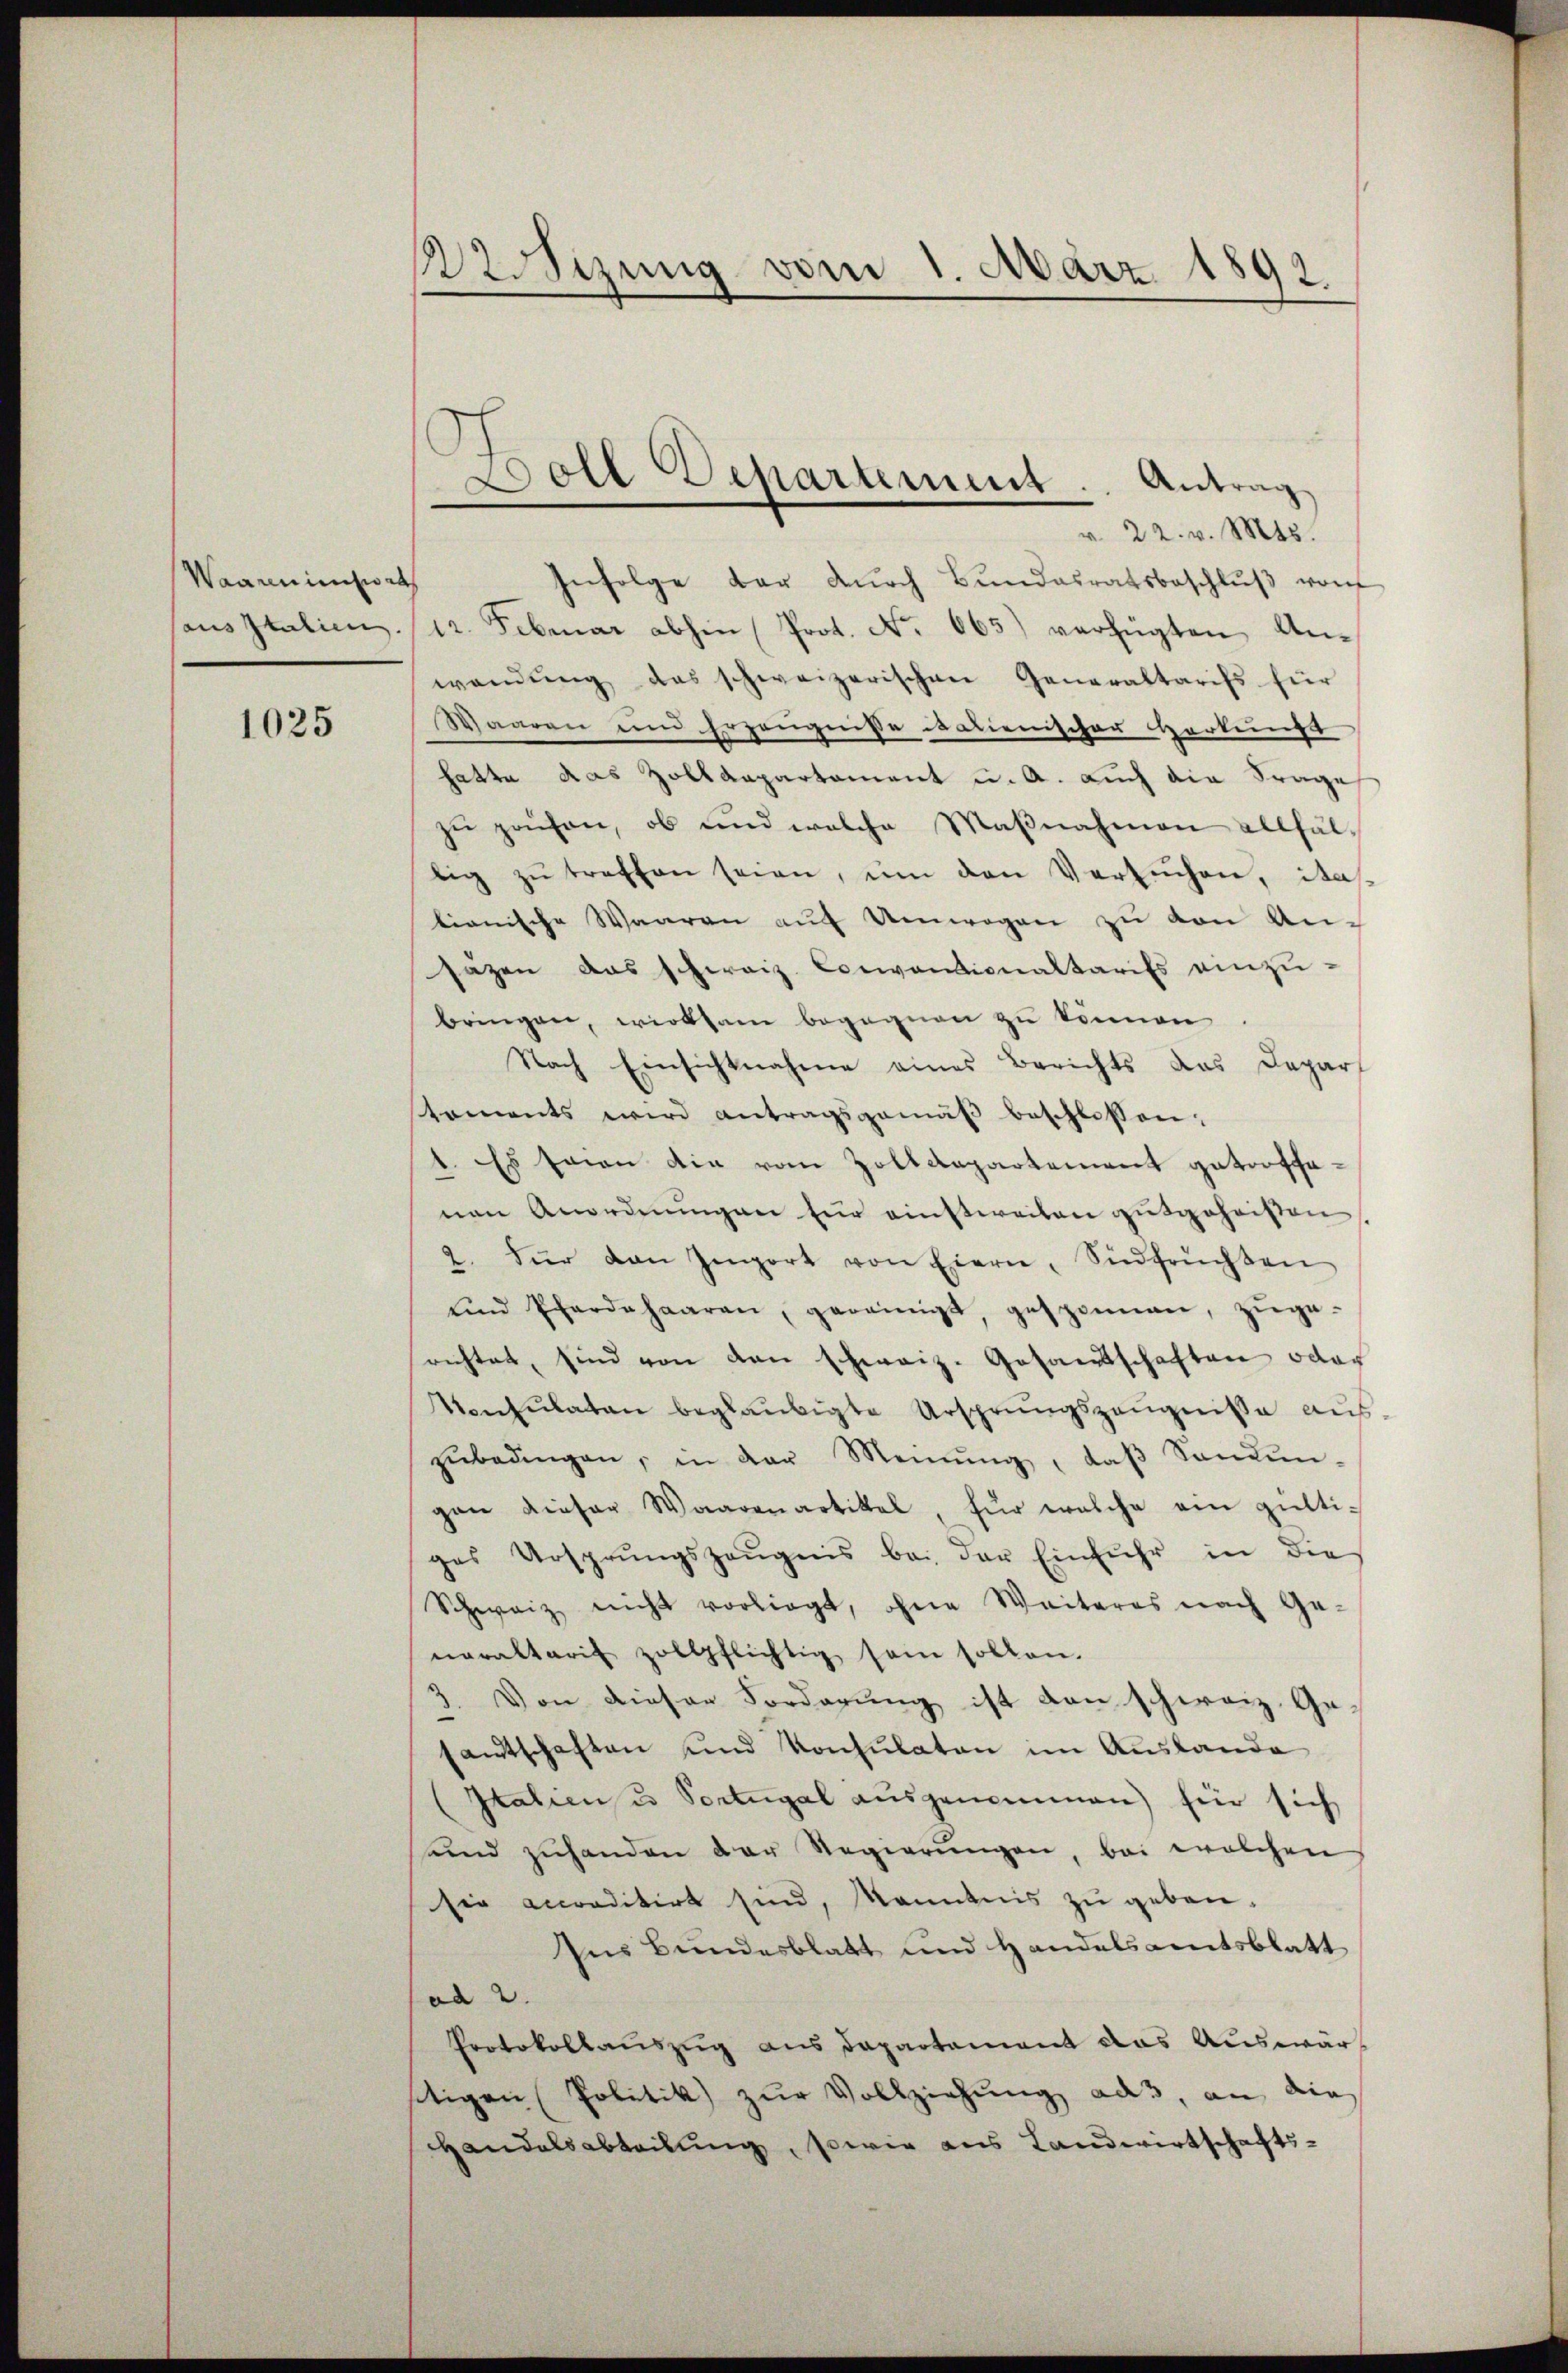
Waarenintwort
aus Italien.

1025

Wsizung vom 1. März 1892

Doll Departement. Antrag
v. 22. v. Mts.

Infolge der dŭrch Bŭndesratsbeschlŭβ von
12. Februar abhin Prot. No. 665) verfügten Anwendŭng das schweizerischen Generaltarifs für
Waaren und Erzeugnisse alienischer Herkungs
hatte das Zolldepartament u. A. auch die Frage
zŭ pachen, ob und welche Maβnahmen allfällig zŭ treffen seien, ŭm den Versuchen, ita
tionische Waaren aŭf Umwegen zŭ von An-
sazen aus schweiz. Conventionaltarifs einzubringen, wirksam begegnen zu können
Nach Einsichtnahme eines Berichts das Depar
toments wird antragsgemäβ beschlossen:
1. Es seien die vom Zolldepartement getroffenen Anordnŭngen für einstweilen gutgeheißen,
2. Für dan Import von Eierne, Südfrüchten
ŭnd Phardahaaren, gereinigt, gesponnen, zŭge-
richtet, sind von den schweiz. Gesandtschaften oder
Konsulaten beglaubigte Ursprungszeugnisse auszŭbedingen, in der Meinŭng, daβ Sonden-
gan dieser Waarenartikel für welche ein gültiges Ursprungszeŭgnis bei der Einfuhr in dies
Schweiz nicht vorliegt, ohne Weiteres nach Ge-
naraltarif zollpflichtig sein sollen.
. Von dieser Forderung ist den schweiz. Gesamtschaften und Konsulaten im Auslande
(Italien u. Portugal aŭsgenommen) für sich
und zŭhanden der Regierŭngen, bei welchen
sie accorditirt sind, kanntnis zu geben.
Ins Bundesblatt und Handelsamtsblatt
ad 2.
Protokollauszug aus Departement das Auswärtigen Politik zur Vollziehung ad 3, an die
Handelsabteilung, sowie aus Landwirtschafts¬